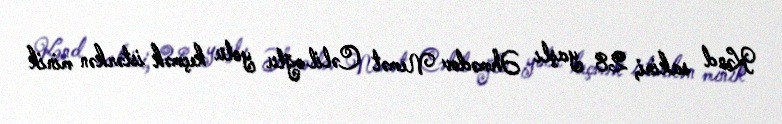
Kənd sakini, 28 yaşlı Əhmədov Nemət Cəlil oğlu yolu keçmək istərkən minik